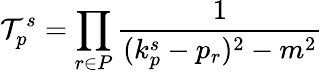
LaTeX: {\cal T}_{p}^{s}=\prod_{r\in P}\frac{1}{(k_{p}^{s}-p_{r})^{2}-m^{2}}